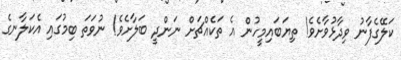
ކަލޭގެފާނު ވިދާޅުވާށެވެ! ތިޔަބައިމީހުން އެ ތަކެއްޗަށް ނަންދީ ބަލާށެވެ! ނުވަތަ ބިމުގައި އެކަލާނގެ